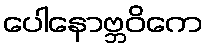
ပေါနောဗ္ဘဝိကေ